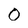
Character: 0